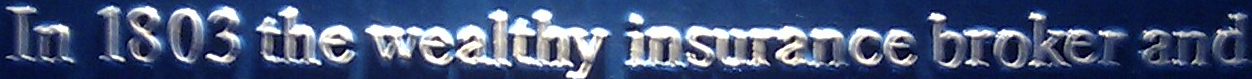
In 1803 the wealthy insurance broker and